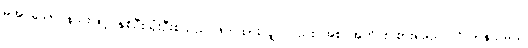
မအပ်သော နည်းဖြင့် နှစ်ဦးသုံးဦးစသည် ဖိတ်ထားလျှင်လည်း အစဉ်အတိုင်း စားရမည်။ ဂိလာနသမယ